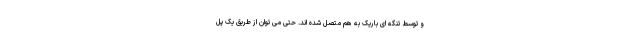
و توسط تنگه ای باریک به هم متصل شده اند. حتی می توان از طریق یک پل